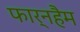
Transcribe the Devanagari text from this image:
फार्नहैम